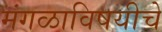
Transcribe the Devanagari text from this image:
मंगळाविषयीचे